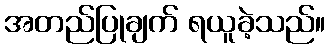
အတည်ပြုချက် ရယူခဲ့သည်။